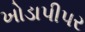
ખોડાપીપર